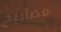
مصابيح